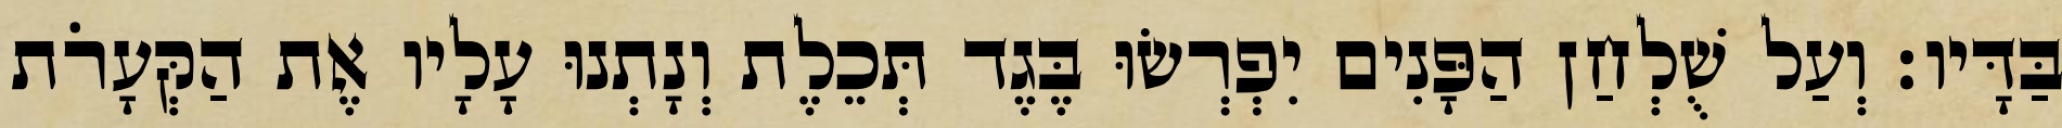
בַּדָּיו׃ וְעַל שֻׁלְחַן הַפָּנִים יִפְרְשׂוּ בֶּגֶד תְּכֵלֶת וְנָתְנוּ עָלָיו אֶת הַקְּעָרֹת